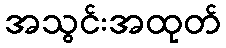
အသွင်းအထုတ်